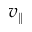
v _ { \| }